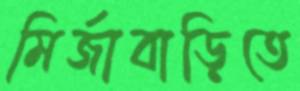
মির্জাবাড়িতে